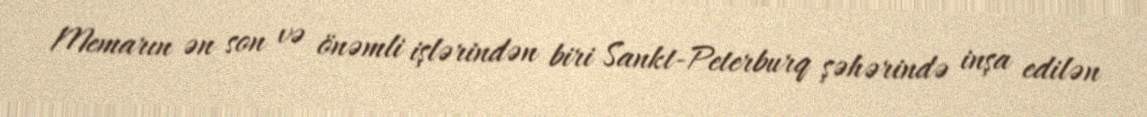
Memarın ən son və önəmli işlərindən biri Sankt-Peterburq şəhərində inşa edilən